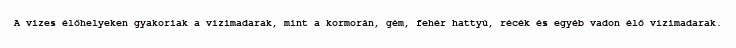
A vizes élőhelyeken gyakoriak a vízimadarak, mint a kormorán, gém, fehér hattyú, récék és egyéb vadon élő vízimadarak.